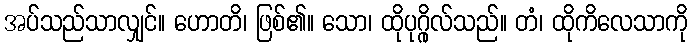
အပ်သည်သာလျှင်။ ဟောတိ၊ ဖြစ်၏။ သော၊ ထိုပုဂ္ဂိုလ်သည်။ တံ၊ ထိုကိလေသာကို